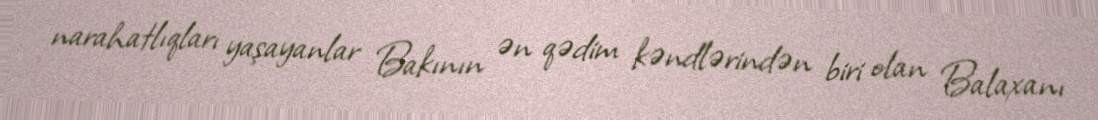
narahatlıqları yaşayanlar Bakının ən qədim kəndlərindən biri olan Balaxanı